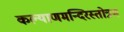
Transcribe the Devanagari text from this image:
कल्याणमन्दिरस्तोत्रम